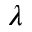
\lambda